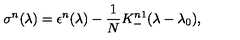
\sigma ^ { n } ( \lambda ) = \epsilon ^ { n } ( \lambda ) - { \frac { 1 } { N } } K _ { - } ^ { n 1 } ( \lambda - \lambda _ { 0 } ) ,